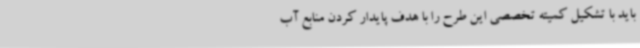
باید با تشکیل کمیته تخصصی این طرح را با هدف پایدار کردن منابع آب